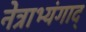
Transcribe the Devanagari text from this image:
नेत्राभ्यंगाद्